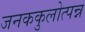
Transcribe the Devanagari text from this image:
जनककुलोत्पन्न